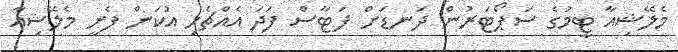
މެލޭޝިއާ ޓީމުގެ ސަޕޯޓަރުން ދަނޑަށް ފަޓާސް ފަދަ އެއްޗެހި އުކަން ފެށީ މެލޭޝިއާ